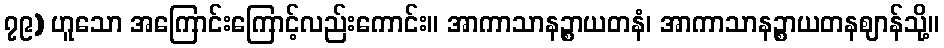
၇၉) ဟူသော အကြောင်းကြောင့်လည်းကောင်း။ အာကာသာနဉ္စာယတနံ၊ အာကာသာနဉ္စာယတနဈာန်သို့။